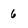
Character: 6